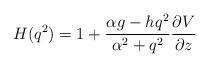
LaTeX: \begin{align*}H(q^{2})=1+\frac{\alpha g - h q^{2}}{\alpha^{2} + q^{2}}\frac{\partial V}{\partial z}\end{align*}